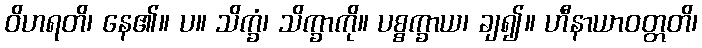
ဝိဟရတိ၊ နေ၏။ ပ။ သိက္ခံ၊ သိက္ခာကို။ ပစ္စက္ခာယ၊ ချ၍။ ဟီနာယာဝတ္တတိ၊